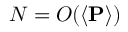
N = O ( \left< \mathbf { P } \right> )